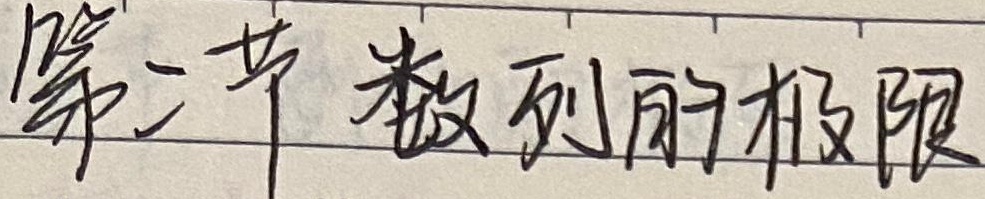
第二节 数列的极限